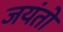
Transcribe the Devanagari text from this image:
जयंतो